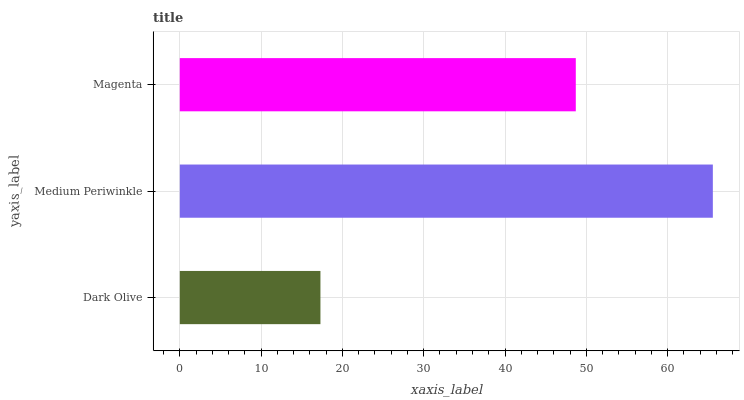
| yaxis_label | bars |
 | --- | --- |
 | Dark Olive | 17.3 |
 | Medium Periwinkle | 65.6 |
 | Magenta | 48.7 |